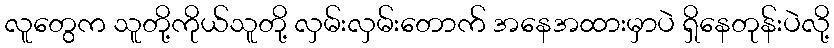
လူတွေက သူတို့ကိုယ်သူတို့ လှမ်းလှမ်းတောက် အနေအထားမှာပဲ ရှိနေတုန်းပဲလို့